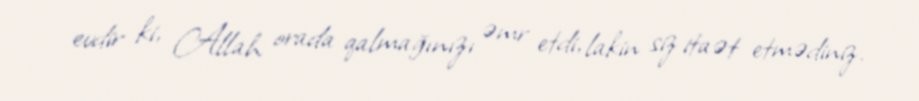
evdir ki, Allah orada qalmağınızı əmr etdi, lakin siz itaət etmədiniz.